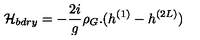
{ \cal H } _ { b d r y } = - \frac { 2 i } { g } \rho _ { G } . ( h ^ { ( 1 ) } - h ^ { ( 2 L ) } )